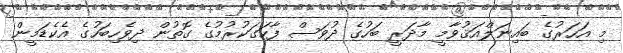
މި އަހަރުގެ ބައިނަލްއަޤުވާމީ މާދަރީ ބަހުގެ ދުވަސް ފާހަގަކުރުމުގެ ގޮތުން ދިވެހިބަހުގެ އެކެޑަމީން